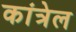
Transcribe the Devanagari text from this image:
कांत्रेल